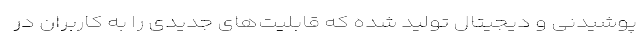
پوشیدنی و دیجیتال تولید شده که قابلیت‌های جدیدی را به کاربران در